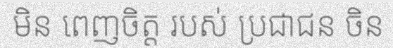
មិន ពេញចិត្ត របស់ ប្រជាជន ចិន